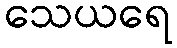
သေယရေ